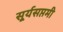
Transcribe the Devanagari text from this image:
सूर्यसप्तमी